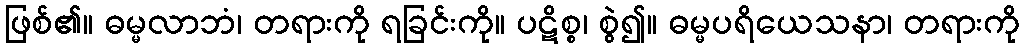
ဖြစ်၏။ ဓမ္မလာဘံ၊ တရားကို ရခြင်းကို။ ပဋိစ္စ၊ စွဲ၍။ ဓမ္မပရိယေသနာ၊ တရားကို